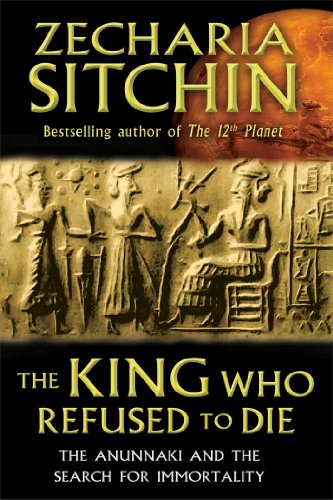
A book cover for The King Who Refused to Die: The Anunnaki and the Search for Immortality; Zecharia Sitchin; Literature & Fiction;